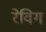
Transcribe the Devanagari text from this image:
रेविग